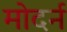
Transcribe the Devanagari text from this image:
मोदर्न